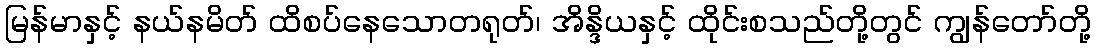
မြန်မာနှင့် နယ်နမိတ် ထိစပ်နေသောတရုတ်၊ အိန္ဒိယနှင့် ထိုင်းစသည်တို့တွင် ကျွန်တော်တို့